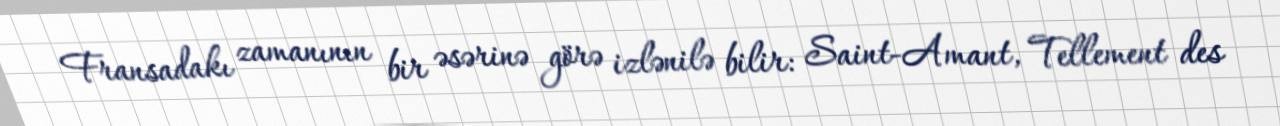
Fransadakı zamanının bir əsərinə görə izlənilə bilir: Saint-Amant, Tellement des